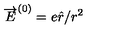
\overrightarrow { E } ^ { ( 0 ) } = e \hat { r } / r ^ { 2 }